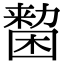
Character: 𠢷